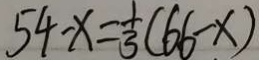
5 4 - x = \frac { 1 } { 3 } ( 6 6 - x )